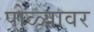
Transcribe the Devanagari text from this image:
पोळ्यावर